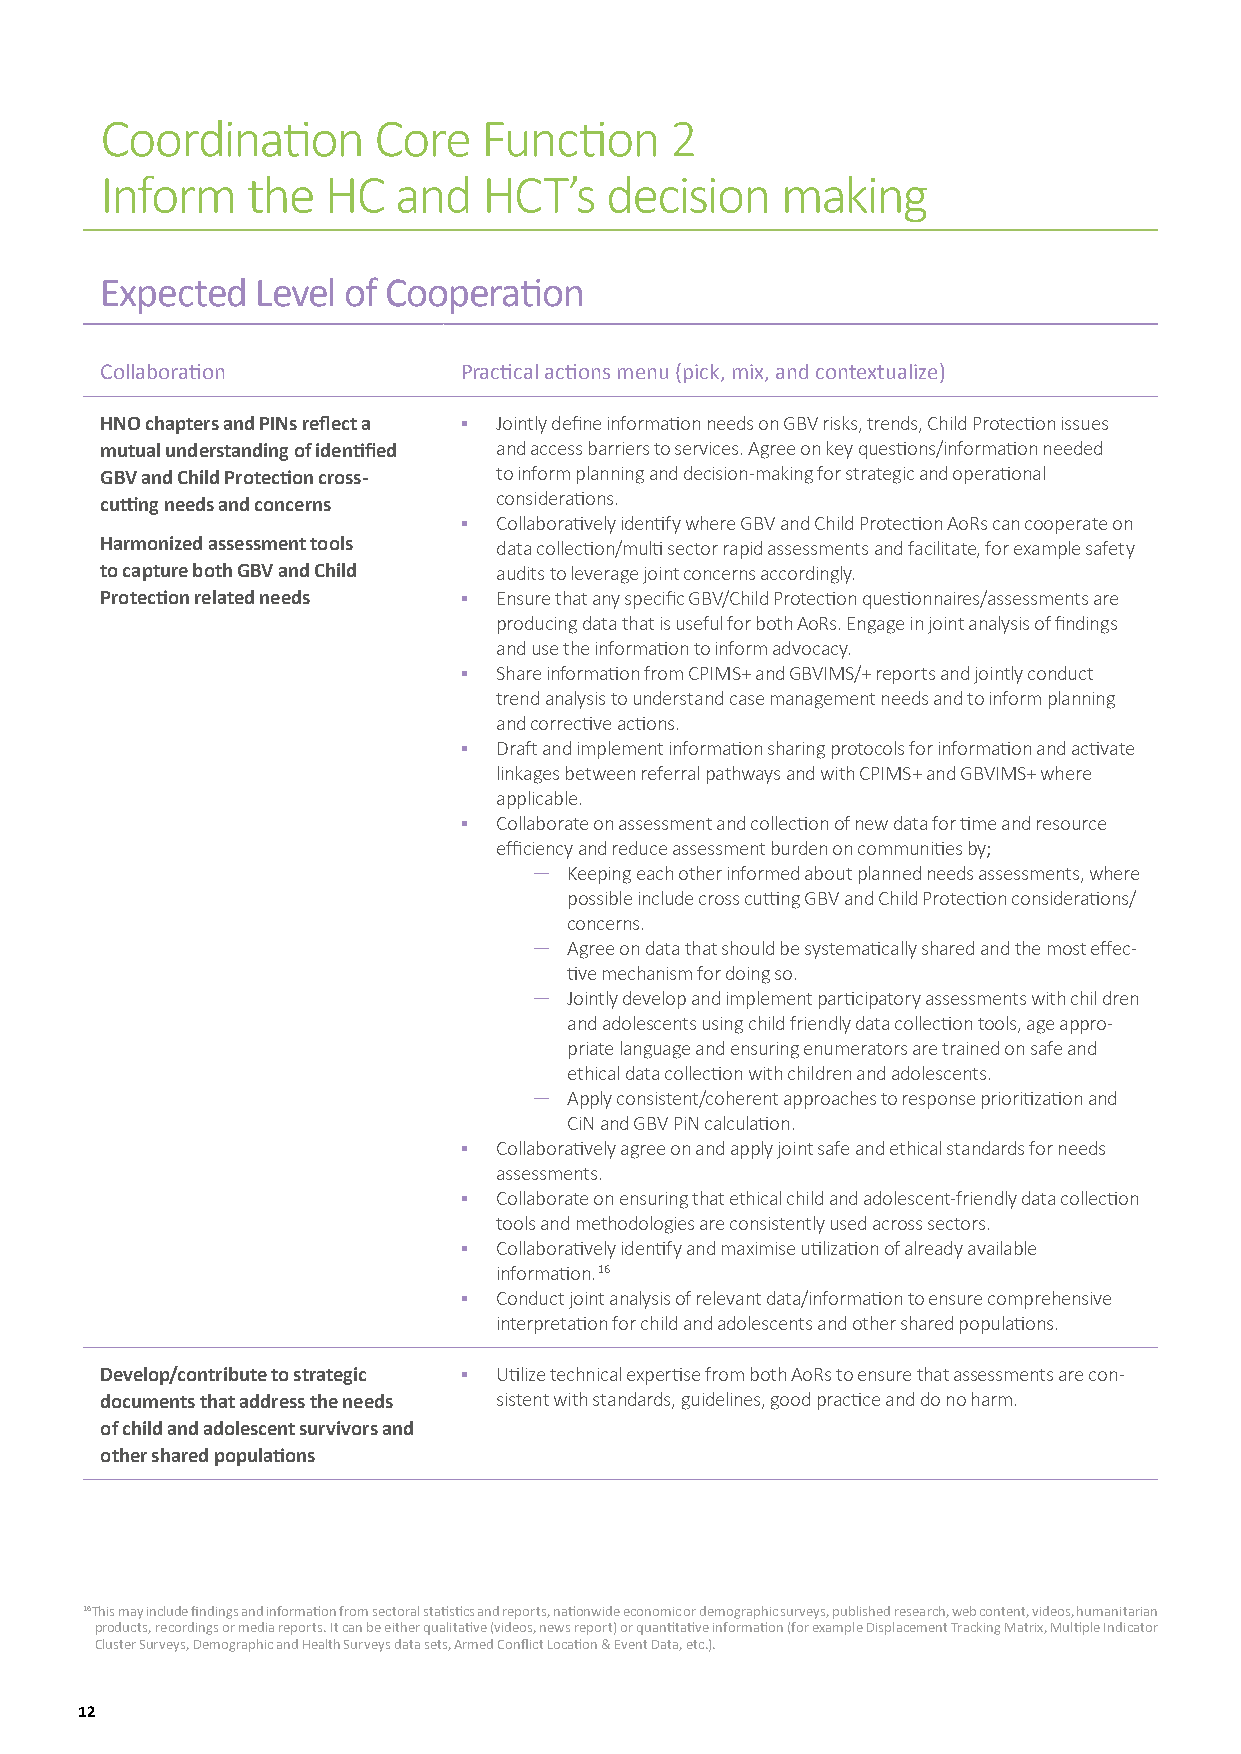
CCoooorrddiinnaatitioonn CCoorree FFuunncctitioonn 22
 IInnffoorrmm tthhee HHCC aanndd HHCCTT’’ss ddeecciissiioonn mmaakkiinngg
 EExxppeecctteedd LLeevveell ooff CCooooppeerraatitioonn
 Collaboration          Practical actions menu (pick, mix, and contextualize)
 HNO chapters and PINs reflect a ▪ Jointly define information needs on GBV risks, trends, Child Protection issues
 mutual understanding of identified and access barriers to services. Agree on key questions/information needed
 GBV and Child Protection cross- to inform planning and decision-making for strategic and operational
 considerations.
 cutting needs and concerns
 ▪  Collaboratively identify where GBV and Child Protection AoRs can cooperate on
 Harmonized assessment tools data collection/multi sector rapid assessments and facilitate, for example safety
 to capture both GBV and Child audits to leverage joint concerns accordingly.
 Protection related needs ▪ Ensure that any specific GBV/Child Protection questionnaires/assessments are
 producing data that is useful for both AoRs. Engage in joint analysis of findings
 and use the information to inform advocacy.
 ▪  Share information from CPIMS+ and GBVIMS/+ reports and jointly conduct
 trend analysis to understand case management needs and to inform planning
 and corrective actions.
 ▪  Draft and implement information sharing protocols for information and activate
 linkages between referral pathways and with CPIMS+ and GBVIMS+ where
 applicable.
 ▪  Collaborate on assessment and collection of new data for time and resource
 efficiency and reduce assessment burden on communities by;
 ͷ  Keeping each other informed about planned needs assessments, where
 possible include cross cutting GBV and Child Protection considerations/
 concerns.
 ͷ  Agree on data that should be systematically shared and the most effec-
 tive mechanism for doing so.
 ͷ  Jointly develop and implement participatory assessments with chil dren
 and adolescents using child friendly data collection tools, age appro-
 priate language and ensuring enumerators are trained on safe and
 ethical data collection with children and adolescents.
 ͷ  Apply consistent/coherent approaches to response prioritization and
 CiN and GBV PiN calculation.
 ▪  Collaboratively agree on and apply joint safe and ethical standards for needs
 assessments.
 ▪  Collaborate on ensuring that ethical child and adolescent-friendly data collection
 tools and methodologies are consistently used across sectors.
 ▪  Collaboratively identify and maximise utilization of already available
 information. 16
 ▪  Conduct joint analysis of relevant data/information to ensure comprehensive
 interpretation for child and adolescents and other shared populations.
 Develop/contribute to strategic ▪ Utilize technical expertise from both AoRs to ensure that assessments are con-
 documents that address the needs sistent with standards, guidelines, good practice and do no harm.
 of child and adolescent survivors and
 other shared populations
 16This may include findings and information from sectoral statistics and reports, nationwide economic or demographic surveys, published research, web content, videos, humanitarian
 products, recordings or media reports. It can be either qualitative (videos, news report) or quantitative information (for example Displacement Tracking Matrix, Multiple Indicator
 Cluster Surveys, Demographic and Health Surveys data sets, Armed Conflict Location & Event Data, etc.).
 12